Vaccination in the Punjab 1883-1896 - 1883-1896
Year: 1883
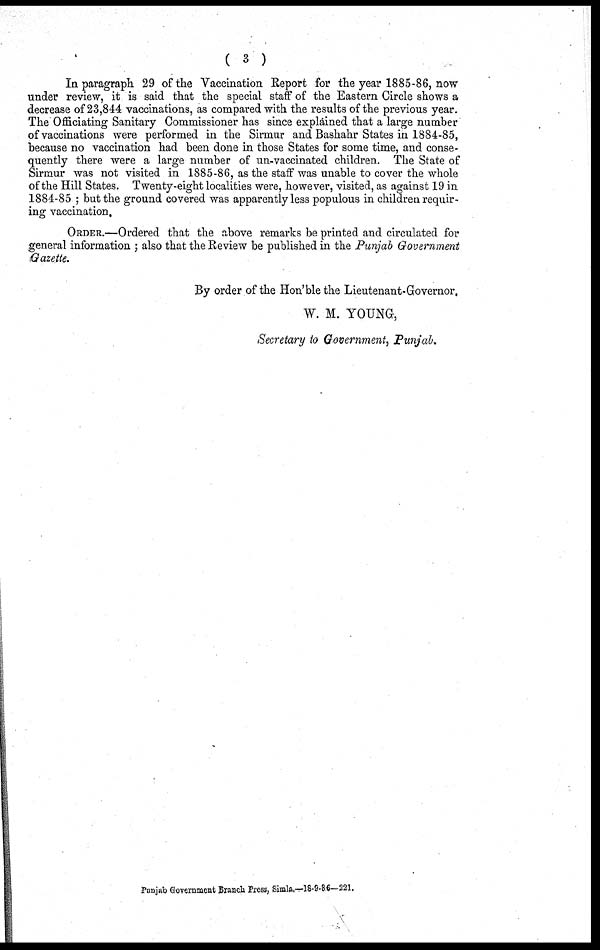
( 3 )
In paragraph 29 of the Vaccination Report for the year 1885-86, now
under review, it is said that the special staff of the Eastern Circle shows a
decrease of 23,844 vaccinations, as compared with the results of the previous year.
The Officiating Sanitary Commissioner has since explained that a large number
of vaccinations were performed in the Sirmur and Bashahr States in 1884-85,
because no vaccination had been done in those States for some time, and conse-
quently there were a large number of un-vaccinated children. The State of
Sirmur was not visited in 1885-86, as the staff was unable to cover the whole
of the Hill States. Twenty-eight localities were, however, visited, as against 19 in
1884-85; but the ground covered was apparently less populous in children requir-
ing vaccination.
ORDER.—Ordered that the above remarks be printed and circulated for
general information; also that the Review be published in the Punjab Government
Gazette.
By order of the Hon'ble the Lieutenant-Governor.
W. M. YOUNG,
Secretary to Government, Punjab.